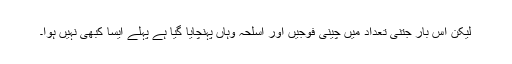
لیکن اس بار جتنی تعداد میں چینی فوجیں اور اسلحہ وہاں پہنچایا گیا ہے پہلے ایسا کبھی نہیں ہوا۔